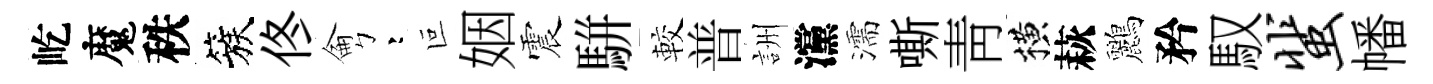
屹魔秩簇佟侖彎叵姻震駢較普詶灙濡嘶靑横萩鸝矜馭蜚幡